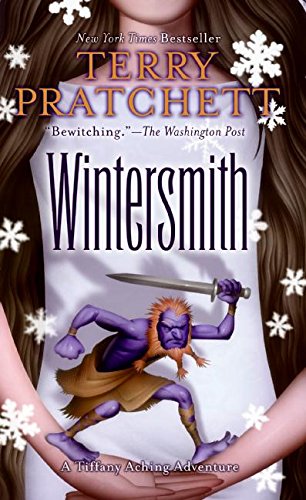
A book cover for Wintersmith (Tiffany Aching); Terry Pratchett; Teen & Young Adult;